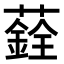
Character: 𦿻